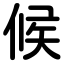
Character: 候